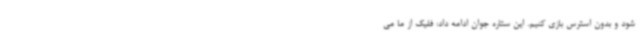
شود و بدون استرس بازی کنیم. این ستاره جوان ادامه داد: فلیک از ما می